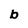
Character: b